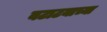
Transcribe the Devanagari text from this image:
बटाटयाच्या